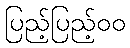
ပြည့်ပြည့်၀၀